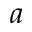
\boldsymbol { a }